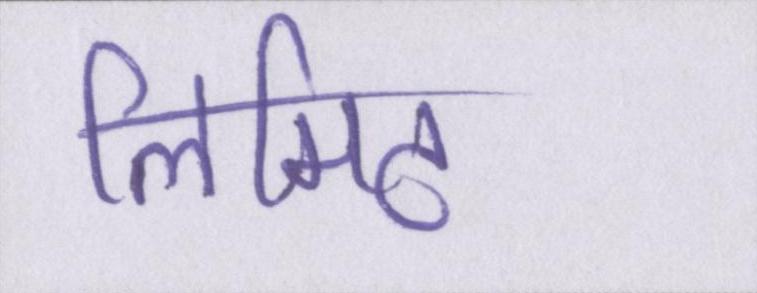
लिमिट